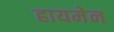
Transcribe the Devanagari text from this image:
हायमेन